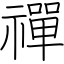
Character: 禪